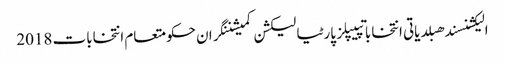
الیکشنسندھبلدیاتی انتخاباتپیپلز پارٹیالیکشن کمیشننگران حکومتعام انتخابات 2018